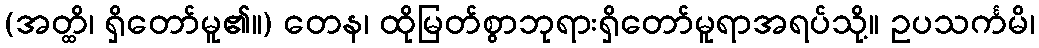
(အတ္ထိ၊ ရှိတော်မူ၏။) တေန၊ ထိုမြတ်စွာဘုရားရှိတော်မူရာအရပ်သို့။ ဥပသင်္ကမိ၊